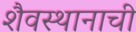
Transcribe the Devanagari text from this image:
शैवस्थानाची